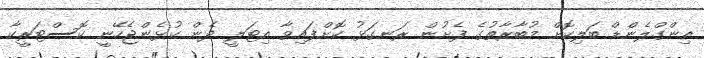
އިންގްލެންޑް ބަލިކޮށް މުބާރާތުގެ ފެށުން ރަނގަޅު ކޮށްފައިވާ އިޓަލީ ދެން ކުޅެންޖެހޭނީ ކޮސްޓަރީކާ